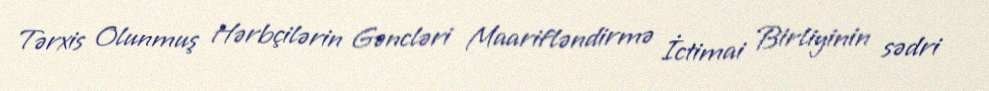
Tərxis Olunmuş Hərbçilərin Gəncləri Maarifləndirmə İctimai Birliyinin sədri